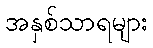
အနှစ်သာရများ